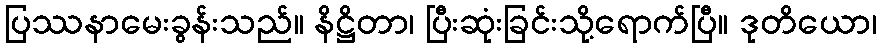
ပြဿနာမေးခွန်းသည်။ နိဋ္ဌိတာ၊ ပြီးဆုံးခြင်းသို့ရောက်ပြီ။ ဒုတိယော၊